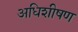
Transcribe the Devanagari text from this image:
अधिशीषण